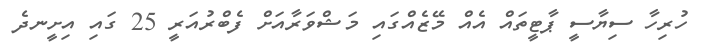
ހުރިހާ ސިޔާސީ ޕާޓީތައް އެއް މޭޒެއްގައި މަޝްވަރާއަށް ފެބްރުއަރީ 25 ގައި އިށީނދެ